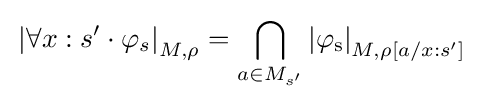
\mathrm {} \left\vert \forall x:s'\cdot \varphi _{s}\right\vert _{M,\rho }=\bigcap _{a\in M_{s'}}\mathrm {\left\vert \varphi _{s}\right\vert } _{M,\rho [a/x:s']}